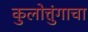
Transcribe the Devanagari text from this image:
कुलोत्तुंगाचा